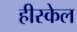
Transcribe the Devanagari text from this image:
हीस्केल